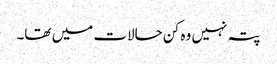
پتہ نہیں وہ کن حالات میں تھا۔